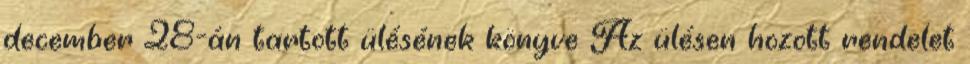
december 28-án tartott ülésének könyve Az ülésen hozott rendelet